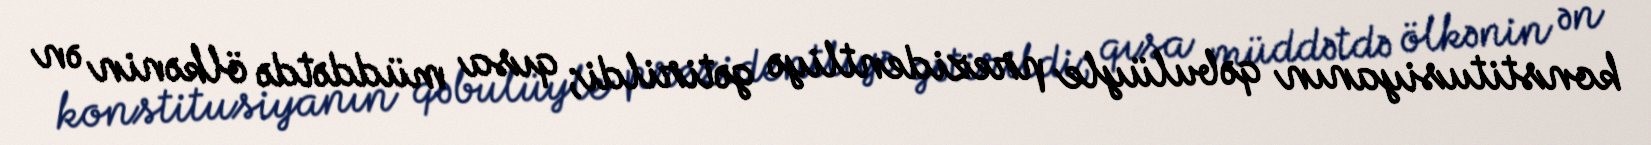
konstitusiyanın qəbulüyle prezidentliyə gətirildi; qısa müddətdə ölkənin ən